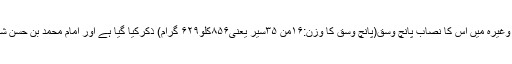
(ھدایہ اولین، ص:۲۰۱)حالانکہ صحیح بخاری ومسلم وغیرہ میں اس کا نصاب پانچ وسق(پانچ وسق کا وزن:۱۶من ۳۵سیر یعنی۸۵۶کلو۶۲۹ گرام) ذکرکیا گیا ہے اور امام محمد بن حسن شیبانی اور ابویوسف کابھی حدیث کے مطابق قول ہے۔